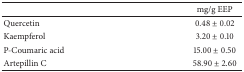
<table><thead><tr><td><b> </b></td><td><b>mg/g EEP</b></td></tr></thead><tbody><tr><td>Quercetin</td><td>0.48 ± 0.02</td></tr><tr><td>Kaempferol</td><td>3.20 ± 0.10</td></tr><tr><td>P-Coumaric acid</td><td>15.00 ± 0.50</td></tr><tr><td>Artepillin C</td><td>58.90 ± 2.60</td></tr></tbody></table>